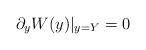
LaTeX: \begin{align*}\partial _{y}W(y)|_{y=Y}=0\end{align*}